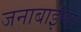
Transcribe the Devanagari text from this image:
जनाबाईंला